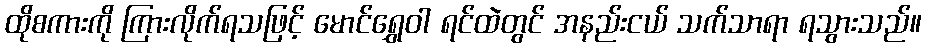
ထိုစကားကို ကြားလိုက်ရသဖြင့် မောင်ရွှေဝါ ရင်ထဲတွင် အနည်းငယ် သက်သာရာ ရသွားသည်။